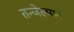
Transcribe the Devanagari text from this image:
तन्जेल्मान